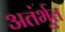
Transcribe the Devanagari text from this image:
अतंर्भूत